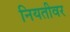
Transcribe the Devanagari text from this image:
नियतीवर